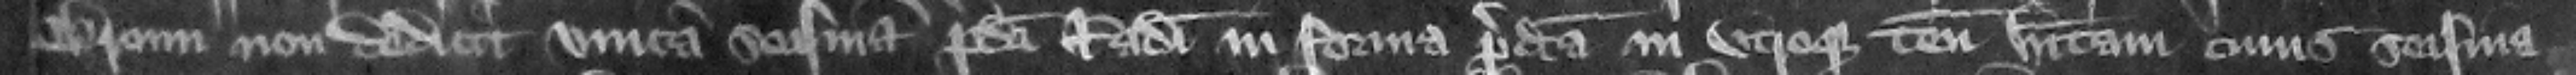
Broun non dedicit vnicam seisinam predicti Radulfi in forma predica in vtroque tenemento habitamcuius seisina